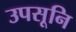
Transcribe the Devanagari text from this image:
उपसूनि